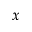
x